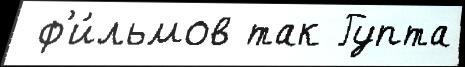
 ф'и́льмов так Гупта